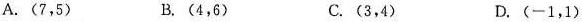
A.(7，5) B.(4，6) C.(3，4) D.(-1，1)